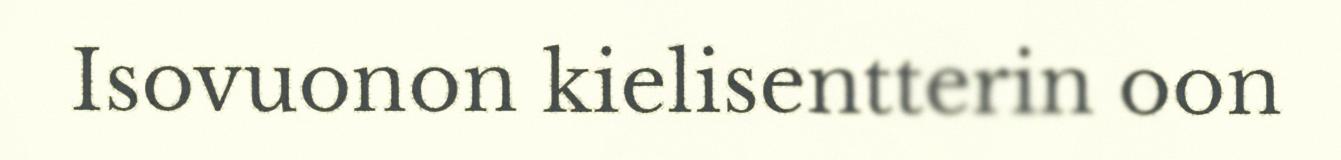
Isovuonon kielisentterin oon